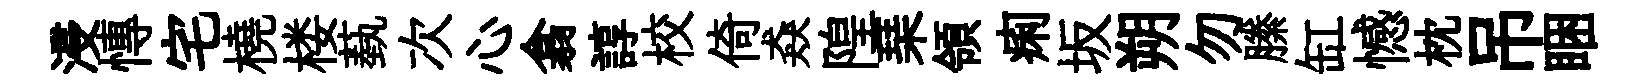
浸慱宅橈楼蓺次心翕諄校倚猋隍琹領痢坂朔勿縢缸憾枕吊睏